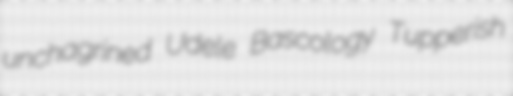
unchagrined Udele Bascology Tupperish